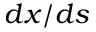
d x / d s